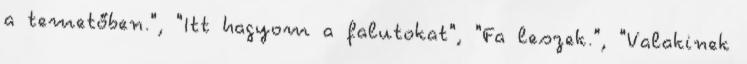
a temetőben.", "Itt hagyom a falutokat", "Fa leszek.", "Valakinek